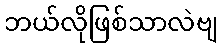
ဘယ်လိုဖြစ်သာလဲဗျ